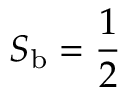
S _ { \mathrm { b } } = \frac { 1 } { 2 }